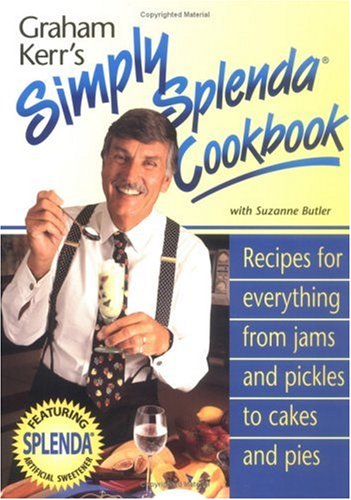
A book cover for Graham Kerr's Simply Splenda Cookbook: Recipes for Everything from Jam and Pickles to Cakes and Pies; Graham Kerr; Health, Fitness & Dieting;